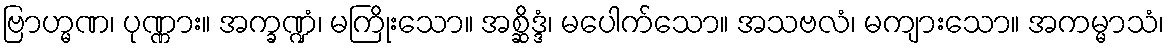
ဗြာဟ္မဏ၊ ပုဏ္ဏား။ အက္ခဏ္ဍံ၊ မကြိုးသော။ အစ္ဆိဒ္ဒံ၊ မပေါက်သော။ အသဗလံ၊ မကျားသော။ အကမ္မာသံ၊